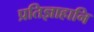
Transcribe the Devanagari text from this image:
प्रतिज्ञाहानि